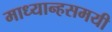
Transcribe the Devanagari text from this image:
माध्यान्हसमयी